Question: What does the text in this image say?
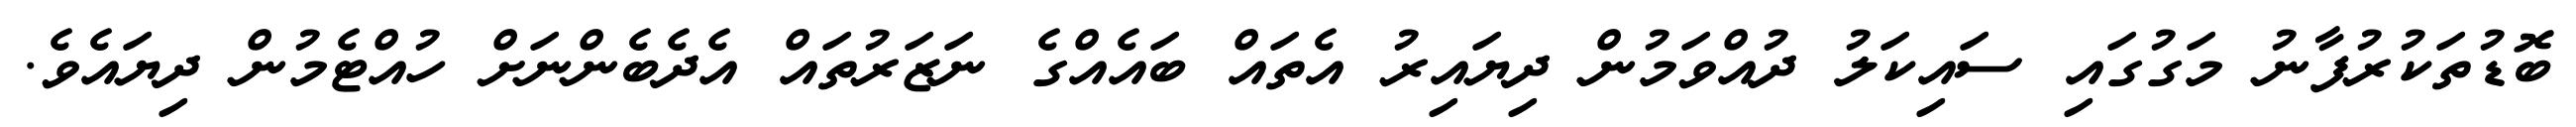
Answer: ބޮޑުތަކުރުފާނު މަގުގައި ސައިކަލު ދުއްވަމުން ދިޔައިރު އެތައް ބައެއްގެ ނަޒަރުތައް އެދެބެންނަށް ހުއްޓެމުން ދިޔައެވެ.